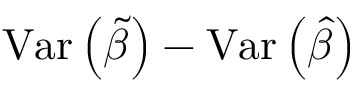
\operatorname { V a r } \left( { \widetilde { \beta } } \right) - \operatorname { V a r } \left( { \widehat { \beta } } \right)